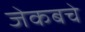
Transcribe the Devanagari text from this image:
जेकबचे